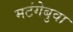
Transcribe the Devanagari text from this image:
मटंगेबुवा